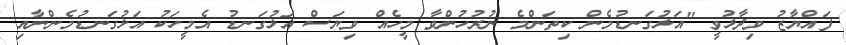
ފައްޔާޒު ވިދާޅުވީ "އަޅުގަނޑުމެން ކިތަންމެ ނުރުހުންވާ މީހެއް ވިޔަސް އަޅުގަނޑު އެމީހަކު އަޅުގަނޑުމެންނާއި